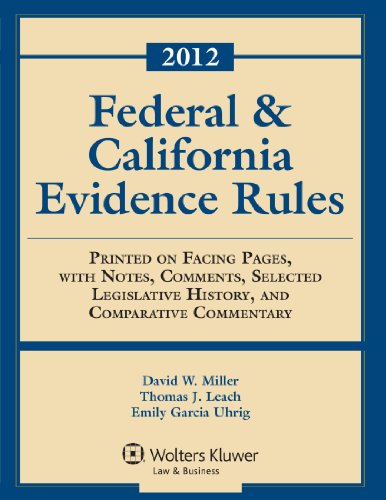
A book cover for Federal & California Evidence Rules, 2012 Edition, Statutory Supplement; David W. Miller; Law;